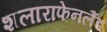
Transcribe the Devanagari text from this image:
शलाराफेनलैंड